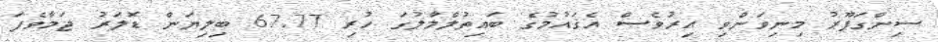
ސިންގަޕޫރު މިނިވަންވި އިރުވެސް އެޤައުމުގެ ބައިތުލްމާލުގަ ހުރި 67.77 ބިލިޔަން ޑޮލަރު ޖަމާވެފަ